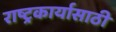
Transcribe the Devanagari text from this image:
राष्ट्रकार्यासाठी